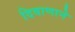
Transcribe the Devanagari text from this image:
दिवाणाने